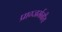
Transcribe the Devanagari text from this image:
प्राग्जर्मनीय